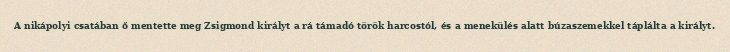
A nikápolyi csatában ő mentette meg Zsigmond királyt a rá támadó török harcostól, és a menekülés alatt búzaszemekkel táplálta a királyt.